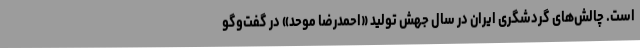
است. چالش‌های گردشگری ایران در سال جهش تولید «احمدرضا موحد» در گفت‌وگو